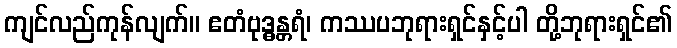
ကျင်လည်ကုန်လျက်။ ဧတံဗုဒ္ဓန္တရံ၊ ကဿပဘုရားရှင်နှင့်ပါ တို့ဘုရားရှင်၏